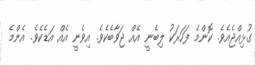
ގުޅިއްޖެއެވެ. ކޮންމެ ފަހަރަކު ލިބެނީ އެއް ޖަވާބެކެވެ. އިވެނީ އެއް އަޑެކެވެ. އެންމެ